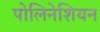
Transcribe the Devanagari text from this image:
पोलिनेशियन